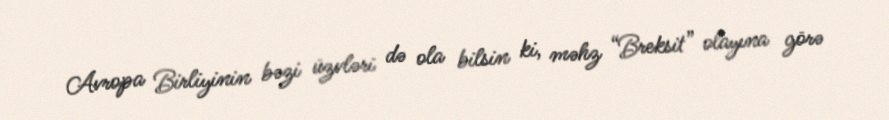
Avropa Birliyinin bəzi üzvləri də ola bilsin ki, məhz “Breksit” olayına görə